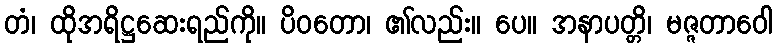
တံ၊ ထိုအရိဋ္ဌဆေးရည်ကို။ ပိဝတော၊ ၏လည်း။ ပေ။ အနာပတ္တိ၊ မဇ္ဇတာဝေါ